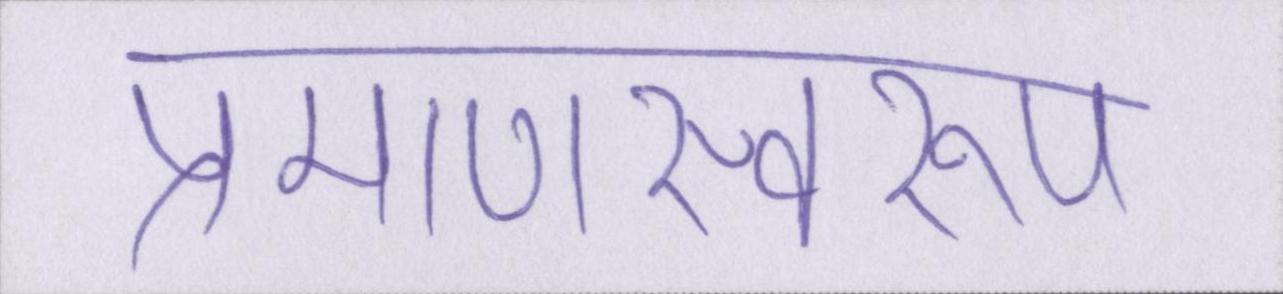
प्रमाणस्वरूप